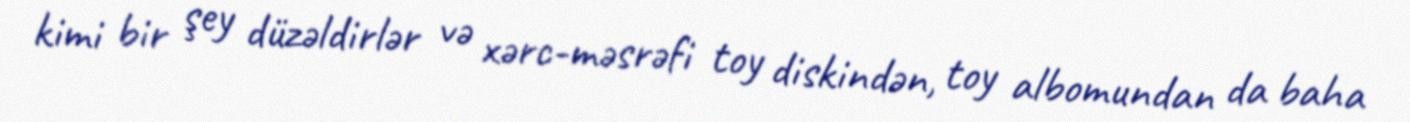
kimi bir şey düzəldirlər və xərc-məsrəfi toy diskindən, toy albomundan da baha